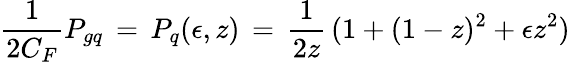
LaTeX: \frac{1}{2C_{F}}P_{gq}\, =\, P_{q}(\epsilon,z)\, =\, \frac{1}{2z}\, (1+(1-z)^{2}+\epsilon z^{2})